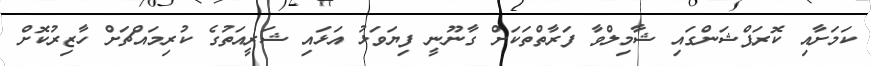
ކަމަށާއި ކޮރަޕްޝަންގައި ޝާމިލްވާ ފަރާތްތަކަށް ގާނޫނީ ފިޔަވަޅު އަޅައި ޝަރީއަތުގެ ކުރިމައްޗަށް ހާޒިރުކޮށް